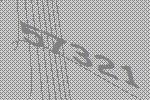
57321